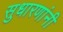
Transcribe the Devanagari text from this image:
सुधारणांनी